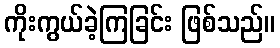
ကိုးကွယ်ခဲ့ကြခြင်း ဖြစ်သည်။